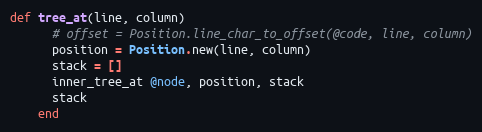
Language: Ruby
def tree_at(line, column)
      # offset = Position.line_char_to_offset(@code, line, column)
      position = Position.new(line, column)
      stack = []
      inner_tree_at @node, position, stack
      stack
    end